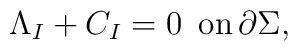
\Lambda_I + C_I = 0 \,\,\, \mbox{on} \, \partial \Sigma ,